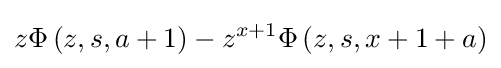
z\Phi \left(z,s,a+1\right)-z^{x+1}\Phi \left(z,s,x+1+a\right)